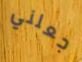
جعلني